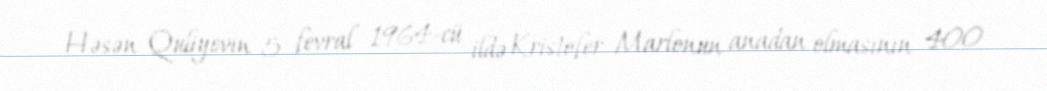
Həsən Quliyevin 5 fevral 1964-cü ildə Kristofer Marlonun anadan olmasının 400